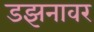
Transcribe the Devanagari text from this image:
डझनावर